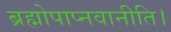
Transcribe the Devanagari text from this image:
ब्रह्मोपाप्नवानीति।